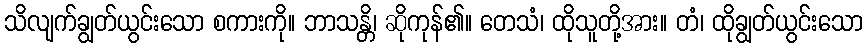
သိလျက်ချွတ်ယွင်းသော စကားကို။ ဘာသန္တိ၊ ဆိုကုန်၏။ တေသံ၊ ထိုသူတို့အား။ တံ၊ ထိုချွတ်ယွင်းသော